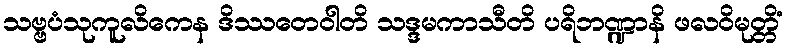
သဗ္ဗပံသုကူလိကေန ဒိဿတေဝါတိ သဒ္ဒမကာသီတိ ပရိဘဏ္ဍာနိ ဖလဝိမုတ္တိံ